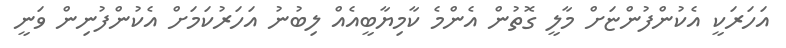
އަހަރަކީ އެކުންފުންޏަށް މާލީ ގޮތުން އެންމެ ކާމިޔާބީއެއް ލިބުނު އަހަރުކަމަށް އެކުންފުނިން ވަނީ